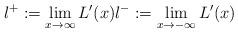
LaTeX: \begin{align*}l^{+}:=\lim_{x \rightarrow \infty} L'(x) l^{-}:=\lim_{x \rightarrow -\infty} L'(x)\end{align*}